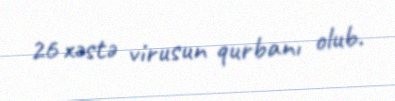
26 xəstə virusun qurbanı olub.